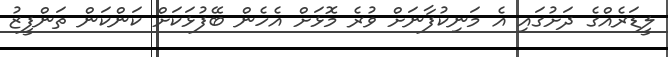
ލީޑަރެއްގެ ދަށުގައި އެ މަނިކުފާނަށް ވުރެ މޮޅަށް އެހެން ބޭފުޅަކަށް ކަންކަން ތަންފީޒު